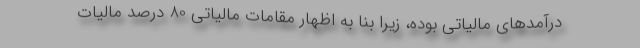
درآمدهای مالیاتی بوده، زیرا بنا به اظهار مقامات مالیاتی 80 درصد مالیات